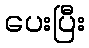
ပေးပြီး